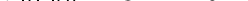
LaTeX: \smash{v_{\mathrm{~b~e~n~d~}}=8.2\times 10^{-4}}